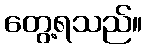
တွေ့ရသည်။